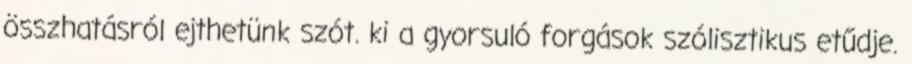
összhatásról ejthetünk szót. ki a gyorsuló forgások szólisztikus etűdje.